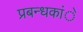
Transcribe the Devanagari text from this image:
प्रबन्धकांे